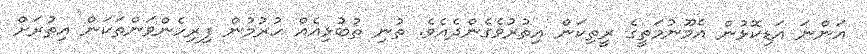
އަންނަ އަޑިކޮޅުން އެމޫނުމަތީގެ ރީތިކަން އިތުރުވެގެންދެއެވެ. ތުނި ތުބުޅިއެއް ހުރުމުން ފިރިހެންވަންތަކަން އިތުރަށް